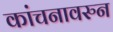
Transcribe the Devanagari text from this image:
कांचनावरुन